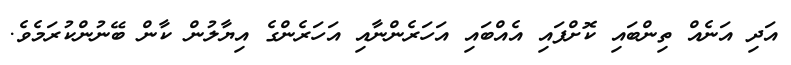
އަދި އަނެއް ތިންބައި ކޮށްފައި އެއްބައި އަހަރެންނާއި އަހަރެންގެ އިޔާލުން ކާން ބޭނުންކުރަމެވެ.